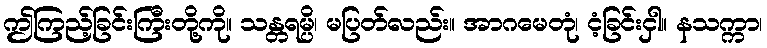
ဤကြည့်ခြင်းကြီးတို့ကို။ သန္တရမ္ပိ၊ မပြတ်လည်း။ အာဂမေတုံ၊ ငံ့ခြင်းငှါ။ နသက္ကာ၊